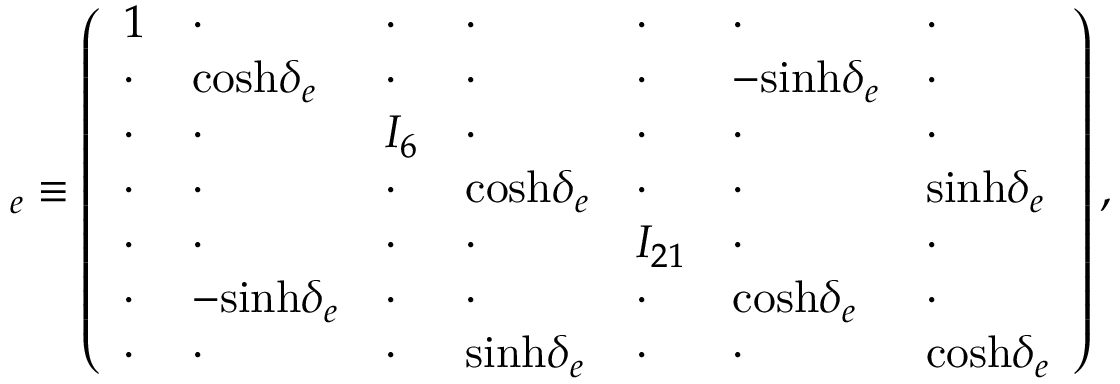
{ \bf \Omega } _ { e } \equiv \left( \begin{array} { l l l l l l l } { { 1 } } & { { \cdot } } & { { \cdot } } & { { \cdot } } & { { \cdot } } & { { \cdot } } & { { \cdot } } \\ { { \cdot } } & { { \mathrm { c o s h } \delta _ { e } } } & { { \cdot } } & { { \cdot } } & { { \cdot } } & { { - \mathrm { s i n h } \delta _ { e } } } & { { \cdot } } \\ { { \cdot } } & { { \cdot } } & { { I _ { 6 } } } & { { \cdot } } & { { \cdot } } & { { \cdot } } & { { \cdot } } \\ { { \cdot } } & { { \cdot } } & { { \cdot } } & { { \mathrm { c o s h } \delta _ { e } } } & { { \cdot } } & { { \cdot } } & { { \mathrm { s i n h } \delta _ { e } } } \\ { { \cdot } } & { { \cdot } } & { { \cdot } } & { { \cdot } } & { { I _ { 2 1 } } } & { { \cdot } } & { { \cdot } } \\ { { \cdot } } & { { - \mathrm { s i n h } \delta _ { e } } } & { { \cdot } } & { { \cdot } } & { { \cdot } } & { { \mathrm { c o s h } \delta _ { e } } } & { { \cdot } } \\ { { \cdot } } & { { \cdot } } & { { \cdot } } & { { \mathrm { s i n h } \delta _ { e } } } & { { \cdot } } & { { \cdot } } & { { \mathrm { c o s h } \delta _ { e } } } \end{array} \right) ,